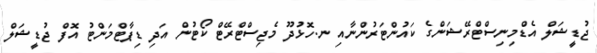
ޖުޑީޝަލް އެޑްމިނިސްޓްރޭޝަންގެ ކައުންޓަރުންނާއި ނ.ހޮޅުދޫ މެޖިސްޓްރޭޓް ކޯޓުން އަދި ޑިޕާޓްމަންޓު އޮފް ޖުޑީޝަލް